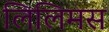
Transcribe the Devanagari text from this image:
लिलिमस